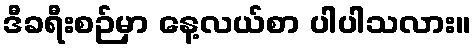
ဒီခရီးစဉ်မှာ နေ့လယ်စာ ပါပါသလား။